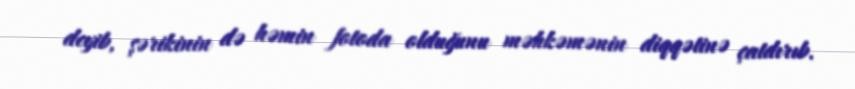
deyib, şərikinin də həmin fotoda olduğunu məhkəmənin diqqətinə çatdırıb.